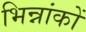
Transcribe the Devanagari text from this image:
भिन्नांकों